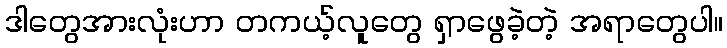
ဒါတွေအားလုံးဟာ တကယ့်လူတွေ ရှာဖွေခဲ့တဲ့ အရာတွေပါ။